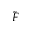
\tilde { F }